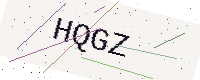
Text: HQGZ